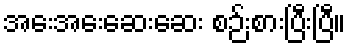
အေးအေးဆေးဆေး စဉ်းစားပြီးပြီ။